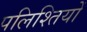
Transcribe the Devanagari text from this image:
पलिश्तियों